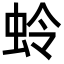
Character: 蛉